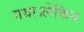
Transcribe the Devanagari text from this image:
गया।लेकिन